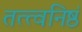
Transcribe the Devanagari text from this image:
तत्त्वनिष्ठं